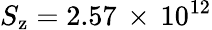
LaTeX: S_{\mathrm{z}}=2.57\, \times\, 10^{12}